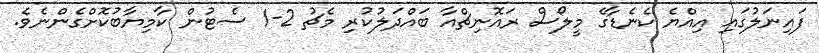
ފައިނަލުގައި އިއްޔެ ކެނެޑާގެ މީލޯސް ރައޮނިޗްއާ ބައްދަލުކުރި މެޗު 2-1 ސެޓުން ކާމިޔާބުކޮށްގެންނެވެ.